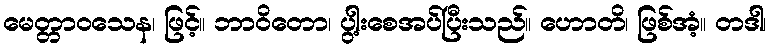
မေတ္တာဝသေန၊ ဖြင့်။ ဘာဝိတော၊ ပွါ့းစေအပ်ပြီးသည်။ ဟောတိ၊ ဖြစ်အံ့။ တဒါ၊